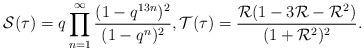
LaTeX: \begin{align*} \mathcal{S}(\tau) = q \prod_{n=1}^{\infty} \frac{(1 -q^{13n})^{2}}{(1-q^{n})^{2}}, \mathcal{T}(\tau) = \frac{\mathcal{R}(1 - 3\mathcal{R} - \mathcal{R}^{2})}{(1 + \mathcal{R}^{2})^{2}}.\end{align*}